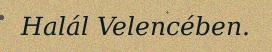
Halál Velencében.